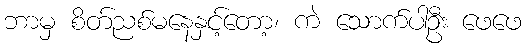
ဘာမှ စိတ်ညစ်မနေနှင့်တော့၊ ကဲ သောက်ပါဦး ဖေဖေ